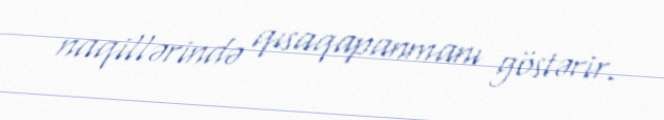
naqillərində qısaqapanmanı göstərir.